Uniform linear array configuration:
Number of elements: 16
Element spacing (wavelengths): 0.5
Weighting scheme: hamming
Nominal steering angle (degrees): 0
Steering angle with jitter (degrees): -0.3753
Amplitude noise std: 0.05
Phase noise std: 0.05

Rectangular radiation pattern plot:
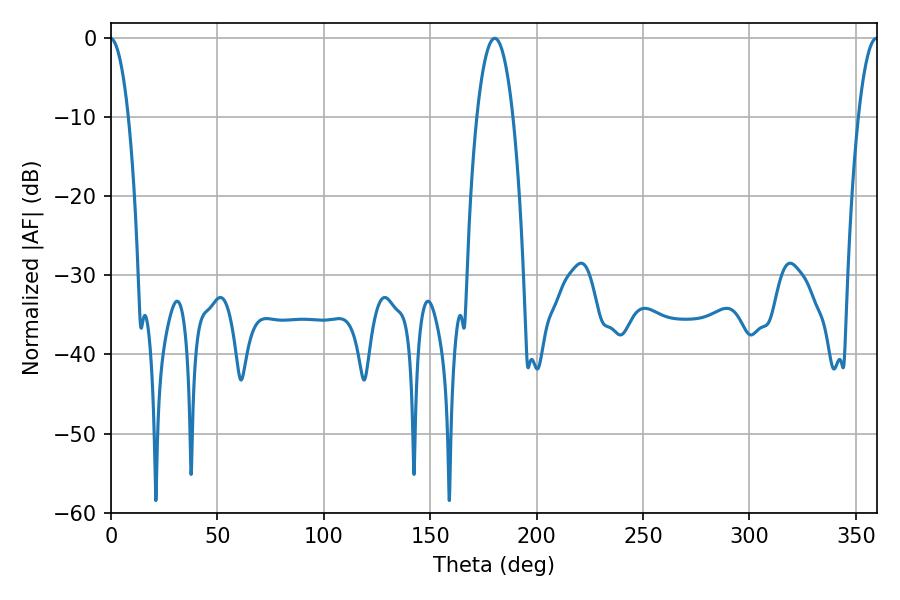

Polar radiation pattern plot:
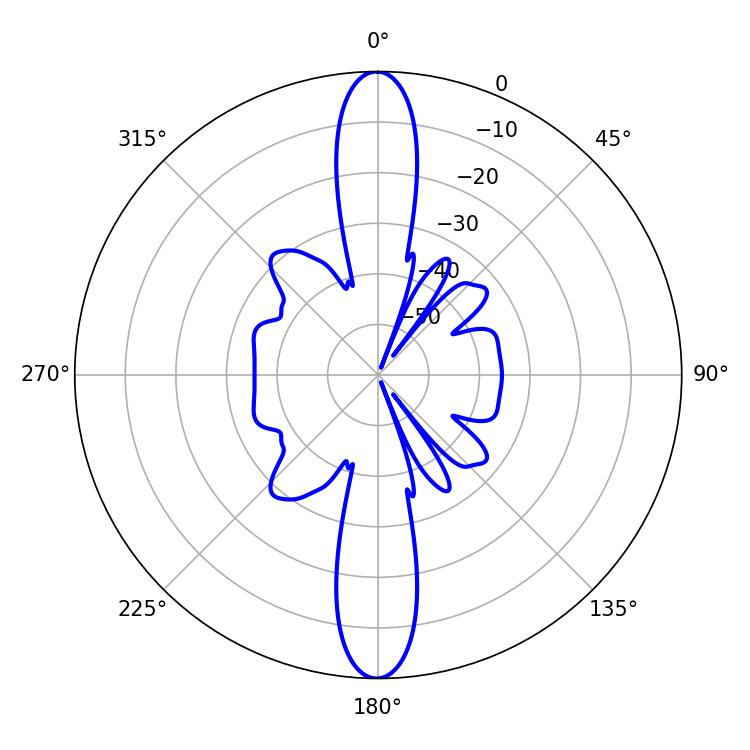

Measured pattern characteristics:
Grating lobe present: FALSE
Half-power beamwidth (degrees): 9.36
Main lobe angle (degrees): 180.36